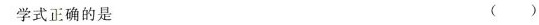
学式正确的是（）